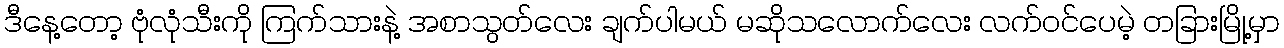
ဒီနေ့တော့ ဗုံလုံသီးကို ကြက်သားနဲ့ အစာသွတ်လေး ချက်ပါမယ် မဆိုသလောက်လေး လက်ဝင်ပေမဲ့ တခြားမြို့မှာ